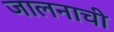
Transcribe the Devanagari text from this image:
जालनाची